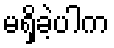
မရှိခဲ့ပါက